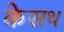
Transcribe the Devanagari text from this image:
केसथ